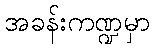
အခန်းကဏ္ဍမှာ